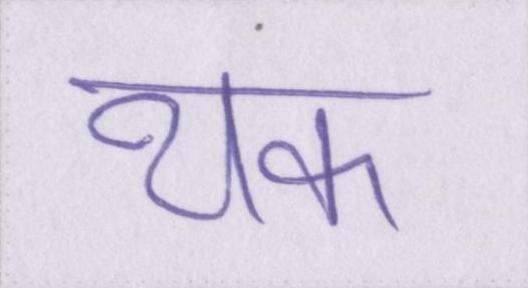
थक